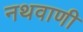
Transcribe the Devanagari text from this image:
नथवाणी